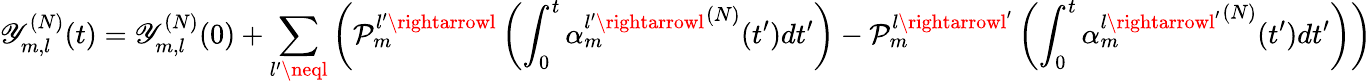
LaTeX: \mathscr{Y}_{m,l}^{(N)}(t)=\mathscr{Y}_{m,l}^{(N)}(0)+\sum_{l^{\prime}\neql}\left(\mathcal{{P}}_{m}^{l^{\prime}\rightarrowl}\left(\int_{0}^{t}{\alpha_{m}^{l^{\prime}\rightarrowl}}^{(N)}(t^{\prime})dt^{\prime}\right)-\mathcal{{P}}_{m}^{l\rightarrowl^{\prime}}\left(\int_{0}^{t}{\alpha_{m}^{l\rightarrowl^{\prime}}}^{(N)}(t^{\prime})dt^{\prime}\right)\right)